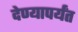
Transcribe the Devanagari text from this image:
देण्यापर्यंत